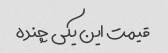
قیمت این یکی چنده